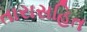
તારાસહિત